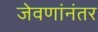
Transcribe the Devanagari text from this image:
जेवणांनंतर